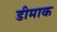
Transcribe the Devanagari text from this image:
डीमाक